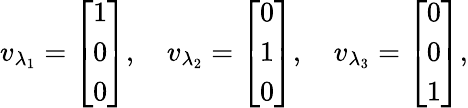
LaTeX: v_{\lambda_{1}}={\left[\begin{array}{l}{1}\\ {0}\\ {0}\end{array}\right]},\quad v_{\lambda_{2}}={\left[\begin{array}{l}{0}\\ {1}\\ {0}\end{array}\right]},\quad v_{\lambda_{3}}={\left[\begin{array}{l}{0}\\ {0}\\ {1}\end{array}\right]},